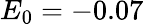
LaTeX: E_{0}=-0.07